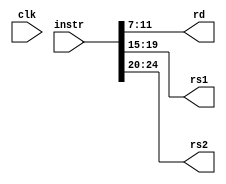
module decoder(
	input [31:0] instr,
	output [4:0] rd,
	output [4:0] rs1,
	output [4:0] rs2,
	input clk);

	assign rs1 = instr[19:15];
	assign rs2 = instr[24:20];
	assign rd = instr[11:7];

endmodule